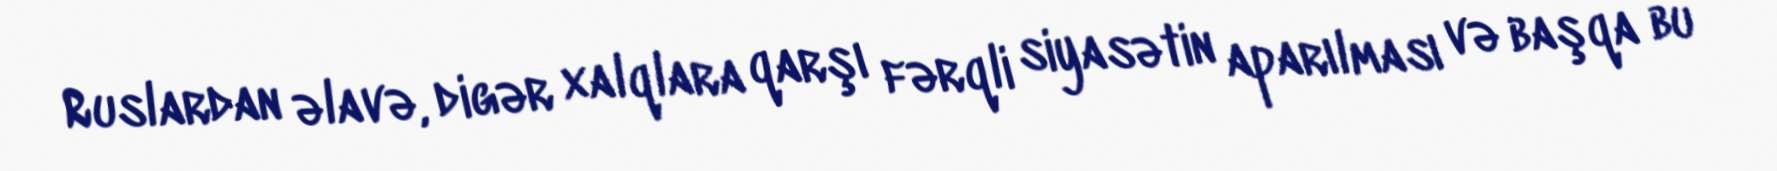
Ruslardan əlavə, digər xalqlara qarşı fərqli siyasətin aparılması və başqa bu